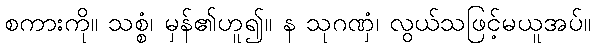
စကားကို။ သစ္စံ၊ မှန်၏ဟူ၍။ န သုဂဏှံ၊ လွယ်သဖြင့်မယူအပ်။